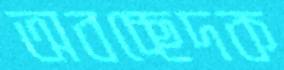
অবচ্ছেদক